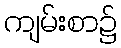
ကျမ်းစာ၌